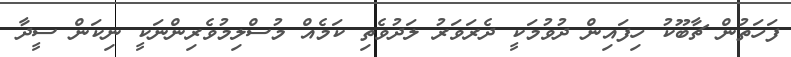
ފަހަތުން ޗާބޫކު ހިފައިން ދުވުމަކީ ދެރަވަރު ލަދުވެތި ކަމެއް މުސްލިމުވެރިންނަކީ ނިކަން ސީދާ